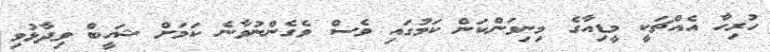
ހުރިހާ އެއްޗަކީ މީޑިއާގެ މިނިވަންކަން ކަމުގައި ވެސް ވެގެންނުވާނެ ކަމަށް ޝަހީބް ވިދާޅުވި